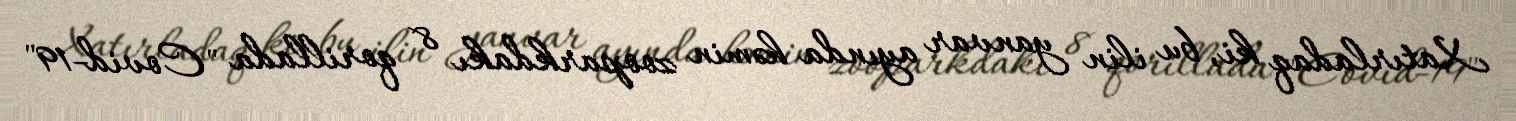
Xatırladaq ki, bu ilin yanvar ayında həmin zooparkdakı 8 qorillada "Covid-19"